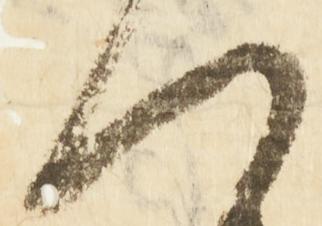
つ